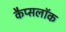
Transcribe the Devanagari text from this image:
कैप्सलॉक